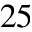
2 5